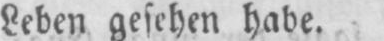
Leben gesehen habe.